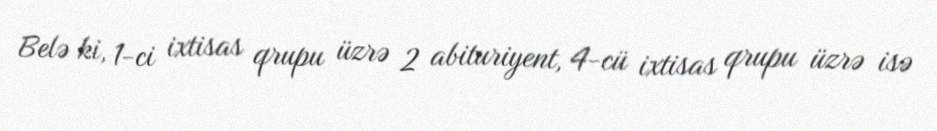
Belə ki, 1-ci ixtisas qrupu üzrə 2 abituriyent, 4-cü ixtisas qrupu üzrə isə